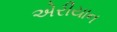
એરીયાન